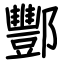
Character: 酆